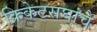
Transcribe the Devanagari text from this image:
क्रिकेटसंघांचे